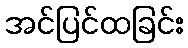
အင်ပြင်ထခြင်း